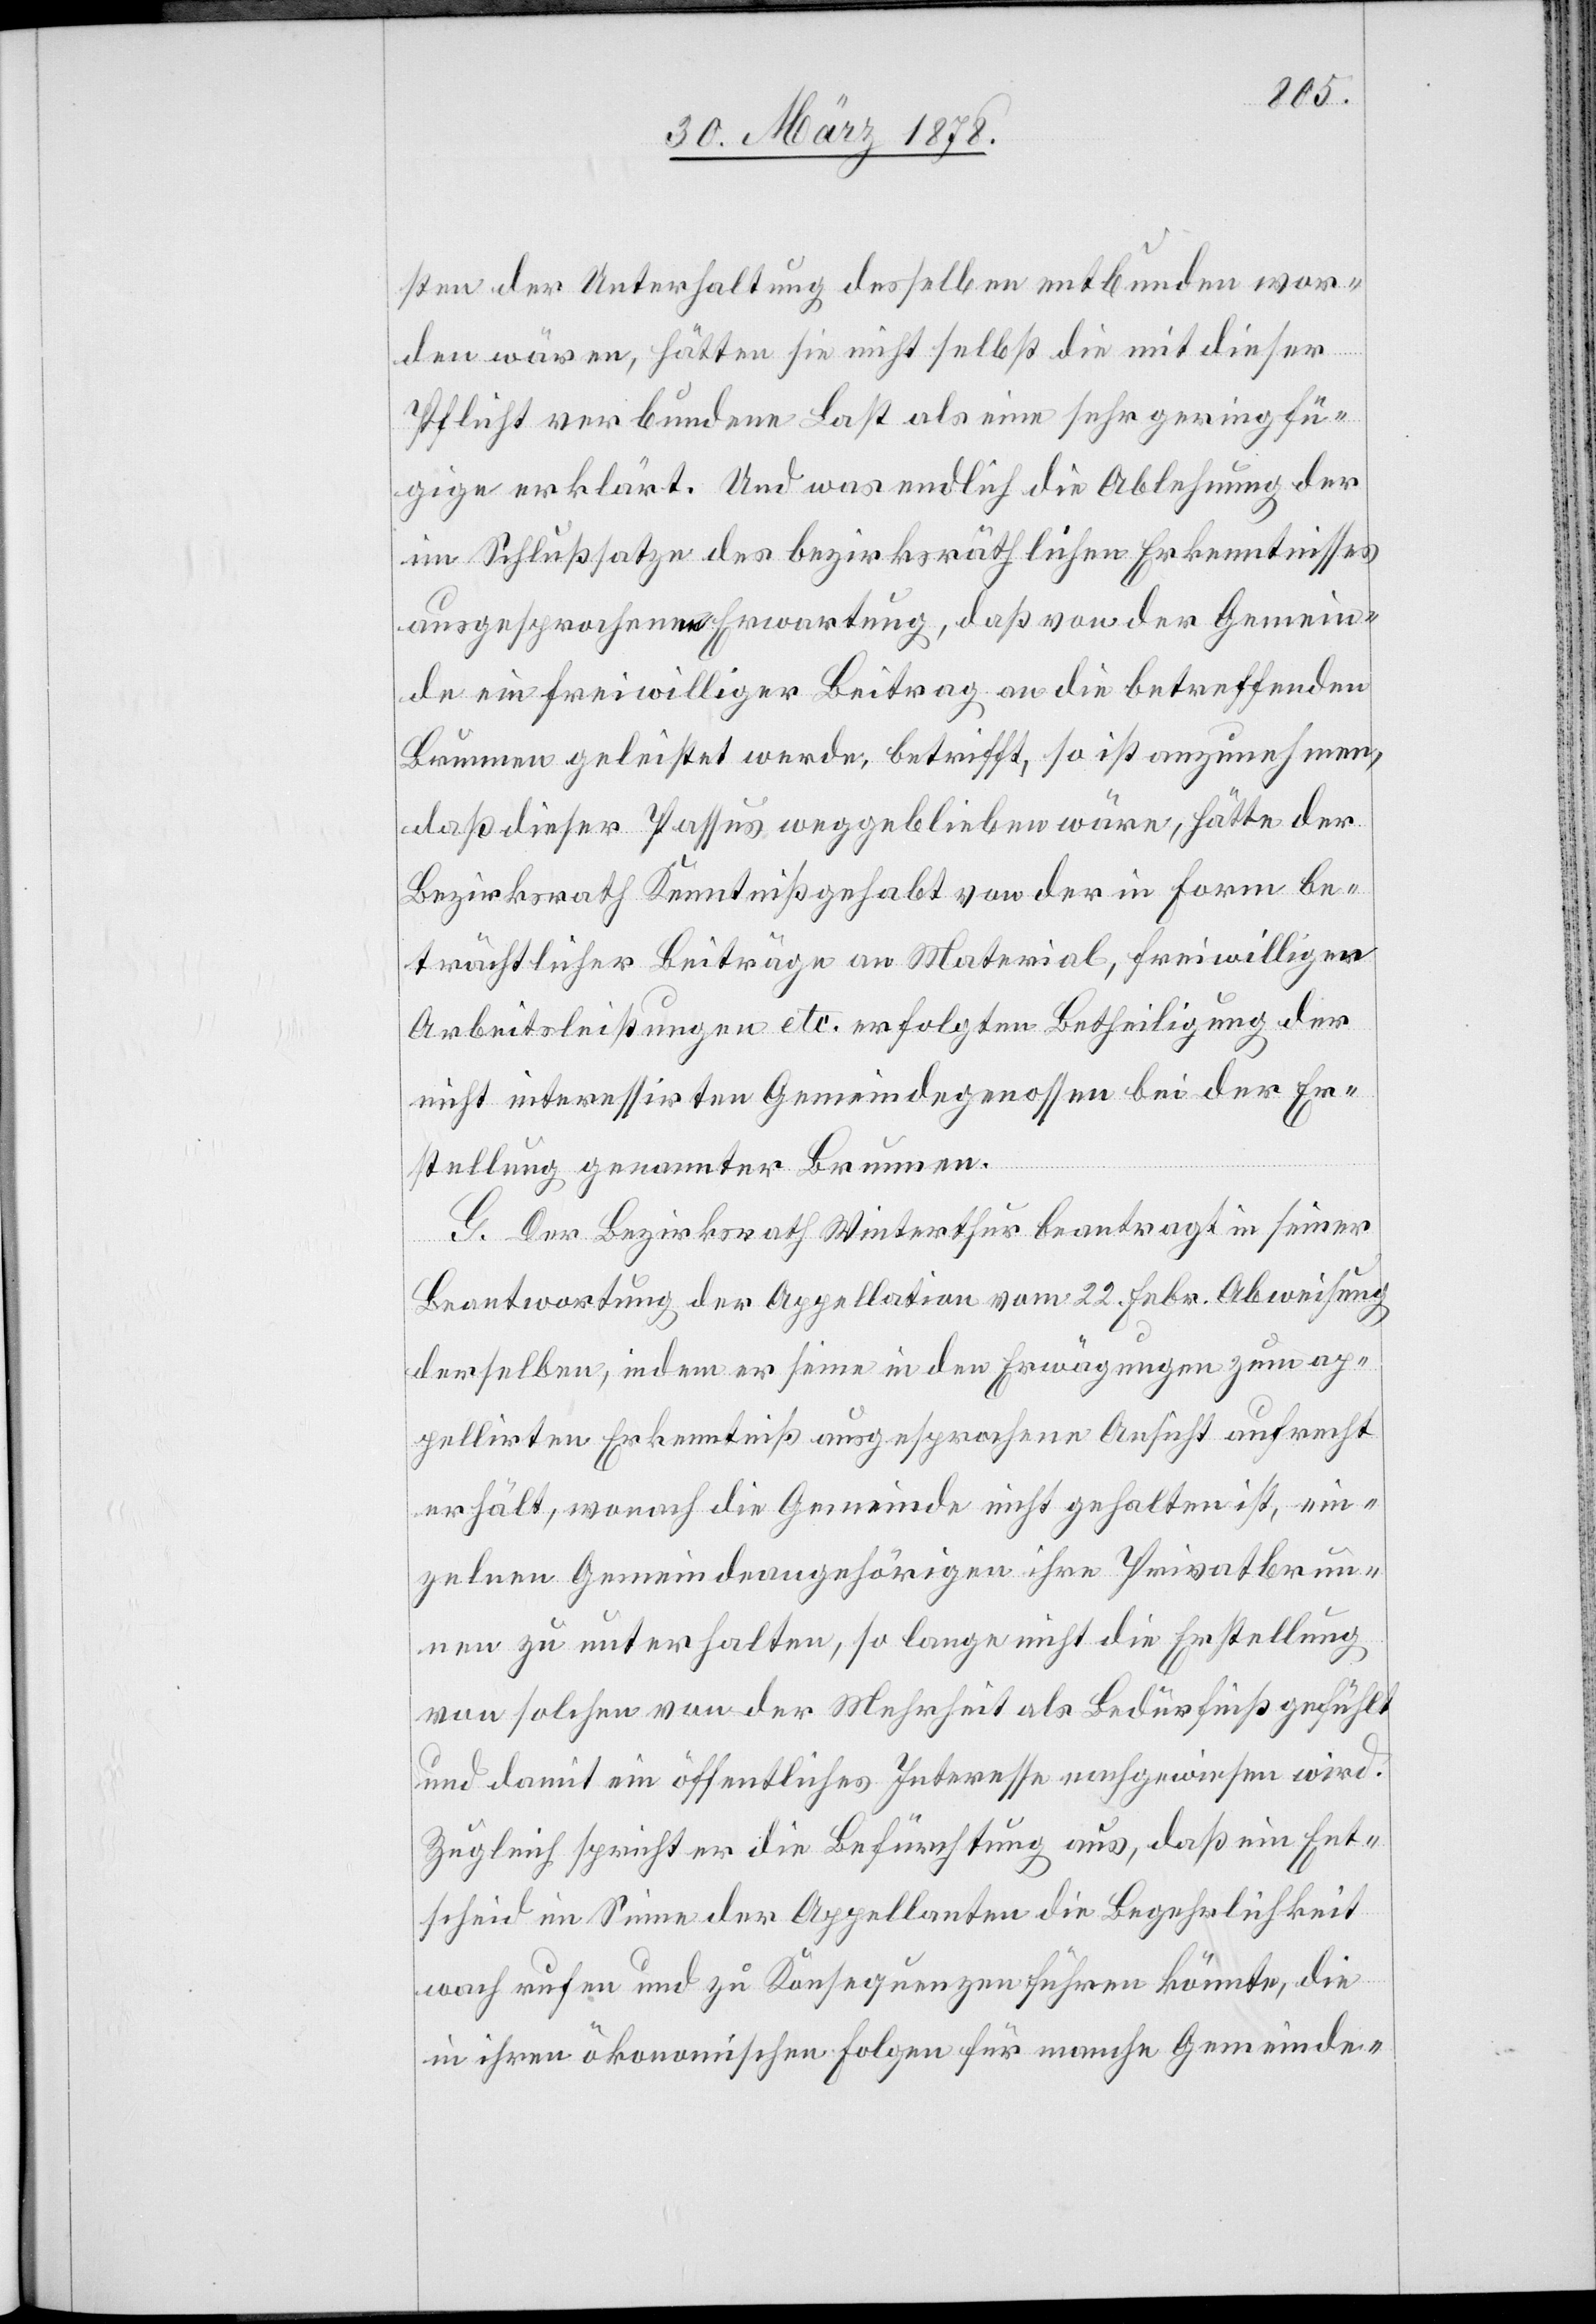
sten der Unterhaltung desselben entbunden wor¬
den wären, hätten sie nicht selbst die mit dieser
Pflicht verbundene Last als eine sehr geringfü¬
gige erklärt. Und was endlich die Ablehnung der
im Schlußsatze des bezirksräthlichen Erkenntnisses
ausgesprochene Erwartung, daß von der Gemein¬
de ein frewilliger Beitrag an die betreffenden
Brunnen geleistet werde, betrifft, so ist anzunehmen,
daß dieser Passus weggeblieben wäre, hätte der
Bezirksrath Kenntniß gehabt von der in Form be¬
trächtlicher Beiträge an Material, freiwilligen
Arbeitsleistungen etc. erfolgten Betheiligung der
nicht interessirten Gemeindegenossen bei der Er¬
stellung genannter Brunnen.
G. Der Bezirksrath Winterthur beantragt in seiner
Beantwortung der Appellation vom 22. Febr. Abweisung
derselben, indem er seine in den Erwägungen zum ap¬
pellirten Erkenntniß ausgesprochene Ansicht aufrecht
erhält, wonach die Gemeinde nicht gehalten ist, ein¬
zelnen Gemeindeangehörigen ihre Privatbrun¬
nen zu unterhalten, so lange nicht die Erstellung
von solchen von der Mehrheit als Bedürfniß gefühlt
und damit ein öffentliches Interesse nachgewiesen wird.
Zugleich spricht er die Befürchtung aus, daß ein Ent¬
scheid im Sinne der Appellanten die Begehrlichkeit
wach rufen und zu Konsequenzen führen könnte, die
in ihren ökonomischen Folgen für manche Gemeinde-